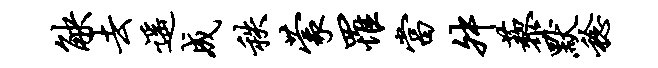
觖去遥成秩蒙罹当舛藜默稔